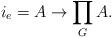
LaTeX: \begin{align*} i_e= A \to \prod_G A. \end{align*}